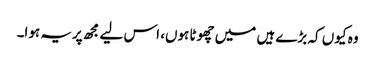
وہ کیوں کہ بڑے ہیں میں چھوٹا ہوں، اس لیے مجھ پریہ ہوا۔